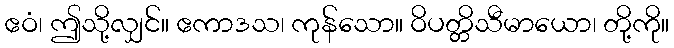
ဧဝံ၊ ဤသို့လျှင်။ ဧကာဒသ၊ ကုန်သော။ ဝိပတ္တိသီမာယော၊ တို့ကို။